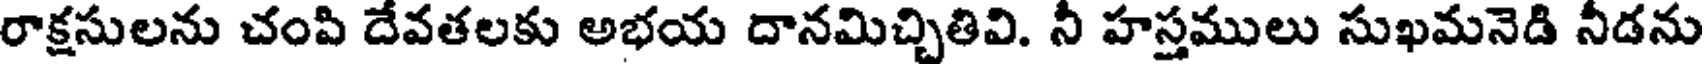
రాక్షసులను చంపి దేవతలకు అభయ దానమిచ్చితివి. నీ హస్తములు సుఖమనెడి నీడను